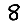
Digit: 8